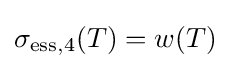
\sigma _{\mathrm {ess} ,4}(T)=w(T)